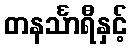
တနင်္သာရီနှင့်